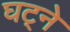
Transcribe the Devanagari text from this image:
घट्ने